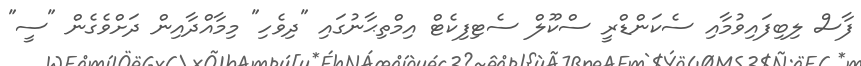
ފާސް ލިބިފައިވުމާއި ސެކަންޑްރީ ސްކޫލް ސެޓިފިކެޓް އިމްތިޙާނުގައި "ދިވެހި" މިމާއްދާއިން ދަށްވެގެން "ސީ"